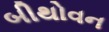
બીથોવન